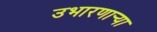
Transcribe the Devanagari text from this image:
उभारणार्‍या